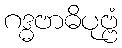
ဂဒ္ဓဗာဓိပုဗ္ဗံ